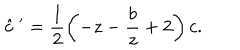
\hat { c } ~ ^ { \prime } = \frac { 1 } { 2 } \left( - z - \frac { b } { z } + 2 \right) c .